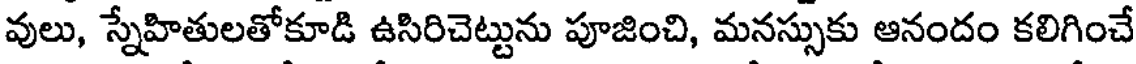
వులు, స్నేహితులతోకూడి ఉసిరిచెట్టును పూజించి, మనస్సుకు ఆనందం కలిగించే